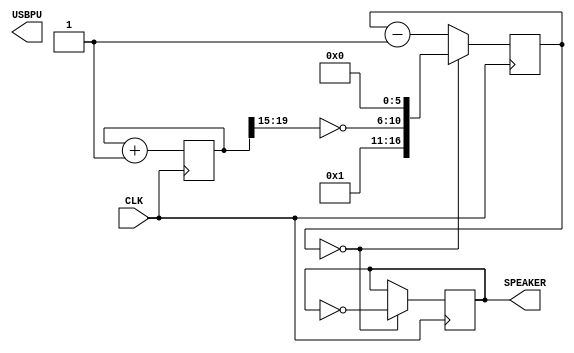
module music (
    input CLK,    // 16MHz clock
    output USBPU,  // USB pull-up resistor
    output SPEAKER   // use beep, // output PIN_1
);
    // parameter CLKDIVIDER = 16000000/440/2;

    reg[22:0] tone;
    always @(posedge CLK) begin
        tone <= tone+1;
    end

    wire [4:0] ramp = (ton[22] ? tone[21:15] : ~tone[21:15]);
    wire [16:0] clkdivider = {2'b01, ramp, 6'b000000};

    reg[16:0] counter;
    always @(posedge CLK) begin
        if(counter==0) begin
            counter <= clkdivider;
        end
        else begin
            counter <= counter-1;
        end
    end

    reg SPEAKER;
    always @(posedge CLK) begin
        if(counter==0) begin
            SPEAKER <= ~SPEAKER;
        end
    end 

endmodule